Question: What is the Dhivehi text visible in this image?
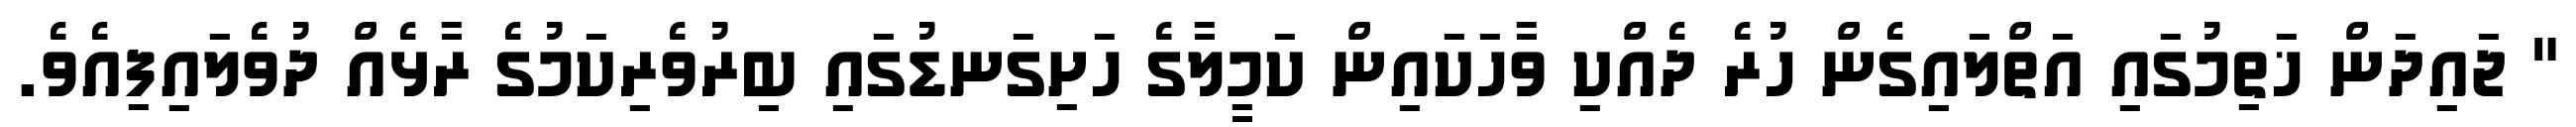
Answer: " ޖައިދަން ޚަތިމުގައި އަތްލައިގެން ހުރެ ދެއްކި ވާހަކައިން ކަމީލާގެ ހަށިގަނޑުގައި ބިރުވެރިކަމުގެ ރާޅެއް ދުވެލައިފިއެވެ.